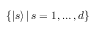
\{ | s \rangle \, | \, s = 1 , \dotsc , d \}